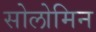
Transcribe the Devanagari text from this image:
सोलोमिन